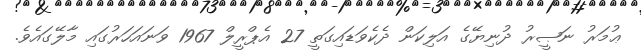
ޢުމަރު ނަޞީރު ދުނިޔޭގެ އަލިކަން ދެކެވަޑައިގަތީ 27 އެޕްރީލް 1967 ވަނައަހަރުގައި މާލޭގައެވެ.